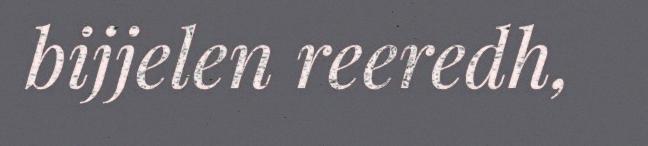
bijjelen reeredh,